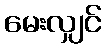
မေးလျှင်